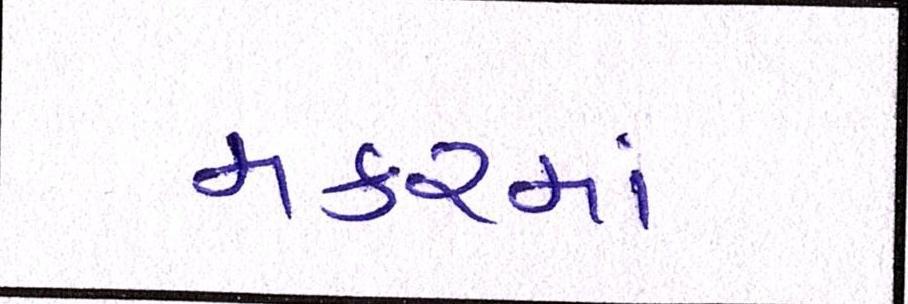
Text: મકરમાં